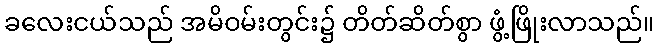
ခလေးငယ်သည် အမိဝမ်းတွင်း၌ တိတ်ဆိတ်စွာ ဖွံ့ဖြိုးလာသည်။